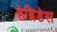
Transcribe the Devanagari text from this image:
हेब्रिडेस